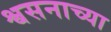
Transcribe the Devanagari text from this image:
श्वसनाच्या